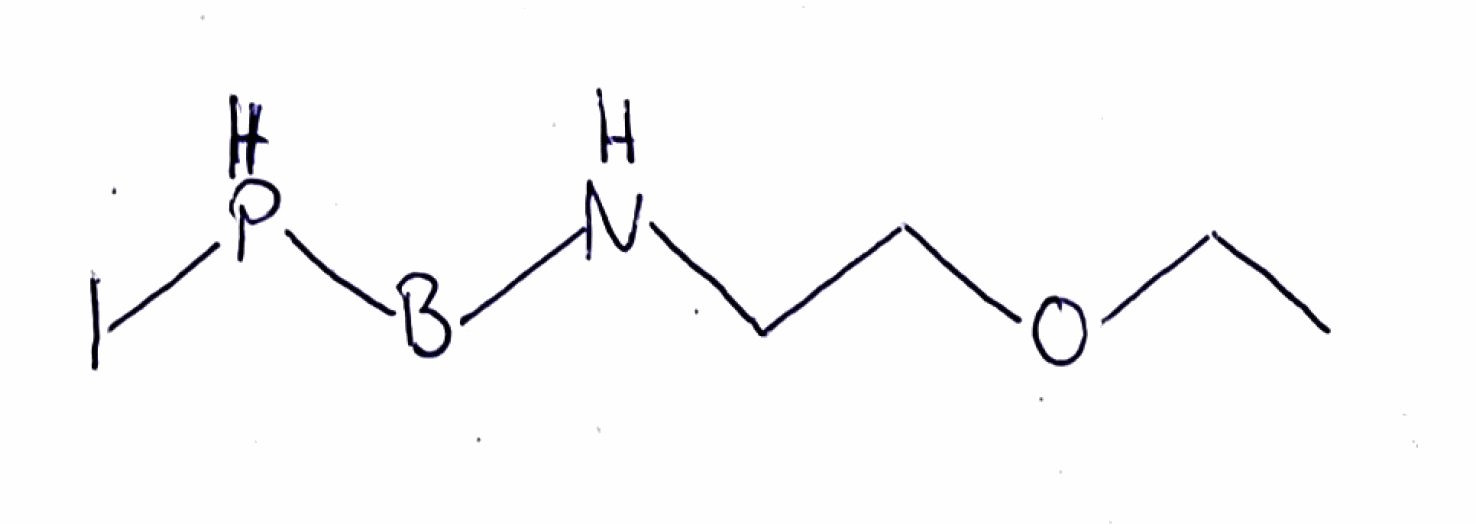
Simplified molecular-input line-entry system (SMILES) notation of the given molecule:
[B](NCCOCC)PI